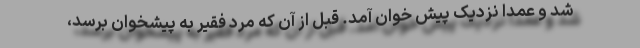
شد و عمداً نزدیک پیش خوان آمد. قبل از آن که مرد فقیر به پیشخوان برسد،